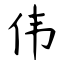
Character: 伟